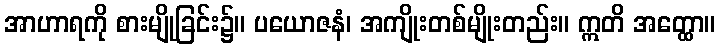
အာဟာရကို စားမျိုခြင်း၌။ ပယောဇနံ၊ အကျိုးတစ်မျိုးတည်း။ ဣတိ အတ္ထော။